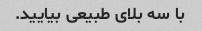
با سه بلای طبیعی بیایید.